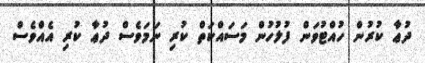
ދުޢާ ކުރުން ހުއްޓުވަން ފުލުހުން މަސައްކަތް ކުރި ނަމަވެސް ދުޢާ ކުރި އެއްވެސް